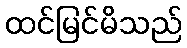
ထင်မြင်မိသည်